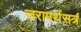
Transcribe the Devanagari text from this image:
जरामर्थसत्रं